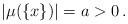
LaTeX: \begin{align*}|\mu(\{x\})| = a >0 \,.\end{align*}